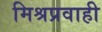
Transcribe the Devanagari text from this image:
मिश्रप्रवाही